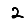
Digit: 2